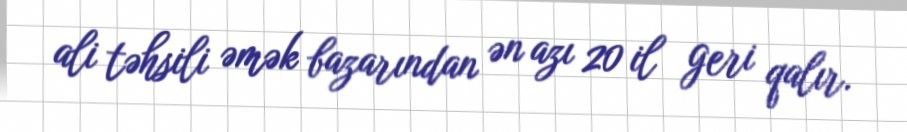
ali təhsili əmək bazarından ən azı 20 il geri qalır.